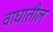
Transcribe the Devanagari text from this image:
वाघातील